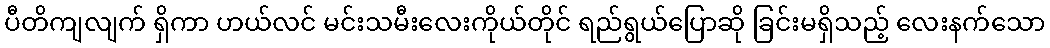
ပီတိကျလျက် ရှိကာ ဟယ်လင် မင်းသမီးလေးကိုယ်တိုင် ရည်ရွယ်ပြောဆို ခြင်းမရှိသည့် လေးနက်သော